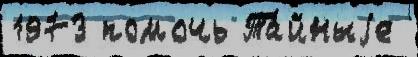
1973 помочь Та́йныjе